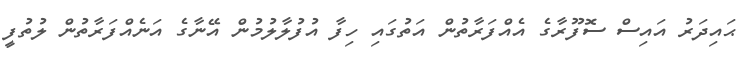
ޙައިދަރު އައިސް ސޮފޫރާގެ އެއްފަރާތުން އަތުގައި ހިފާ އުފުލާލުމުން އޭނާގެ އަނެއްފަރާތުން ލުތުފީ